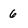
Character: 6